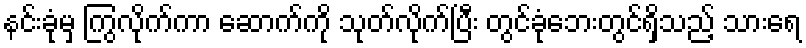
နင်းခုံမှ ကြွလိုက်ကာ ဆောက်ကို သုတ်လိုက်ပြီး တွင်ခုံဘေးတွင်ရှိသည့် သားရေ